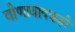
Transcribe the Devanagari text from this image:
वीणावादकही